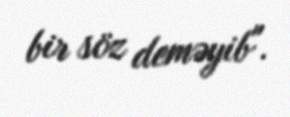
bir söz deməyib".